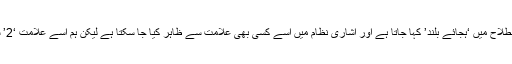
دوحرفی ہجے کو اصطلاح میں ‘ہجّائے بلند’ کہا جاتا ہے اور اشاری نظام میں اسے کسی بھی علامت سے ظاہر کیا جا سکتا ہے لیکن ہم اسے علامت ‘2’ سے ظاہر کرتے ہیں۔